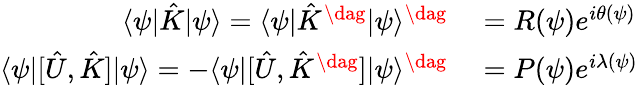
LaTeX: \begin{array}{rl}{\langle\psi|\hat{K}|\psi\rangle=\langle\psi|\hat{K}^{\dag}|\psi\rangle^{\dag}}&{{}=R(\psi)e^{i\theta(\psi)}}\\ {\langle\psi|[\hat{U},\hat{K}]|\psi\rangle=-\langle\psi|[\hat{U},\hat{K}^{\dag}]|\psi\rangle^{\dag}}&{{}=P(\psi)e^{i\lambda(\psi)}}\end{array}